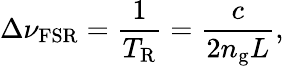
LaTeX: \Delta\nu_{\mathrm{FSR}}=\frac{1}{T_{\mathrm{R}}}=\frac{c}{2n_{\mathrm{g}}L},